Scottish Leaving Certificate Examination, 1961
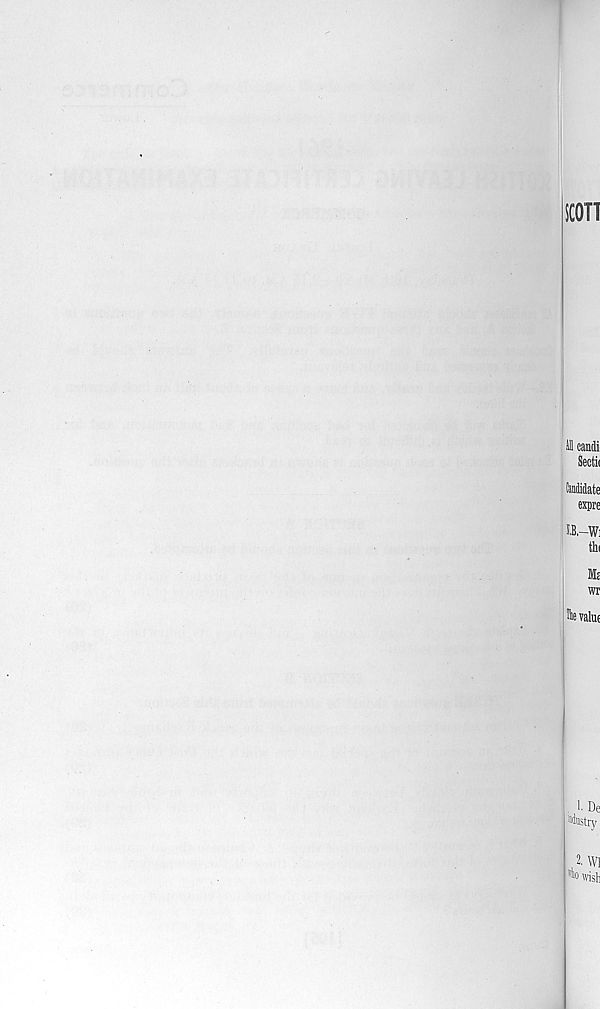
scon
Ml candi
Sectit
hdidate
expre
S.B.-W]
thi
Mt
wr
fc value
1. De
!ll ilttstry